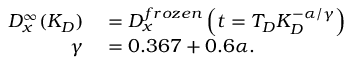
\begin{array} { r l } { D _ { x } ^ { \infty } ( K _ { D } ) } & { { } = D _ { x } ^ { f r o z e n } \left( t = T _ { D } K _ { D } ^ { - \alpha / \gamma } \right) } \\ { \gamma } & { { } = 0 . 3 6 7 + 0 . 6 \alpha . } \end{array}